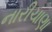
નારીચાણા